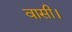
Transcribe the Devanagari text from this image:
वासी।